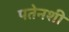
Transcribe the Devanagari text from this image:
पतेनशी